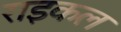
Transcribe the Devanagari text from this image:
राइकल